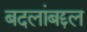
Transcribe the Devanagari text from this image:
बदलांबद्दल